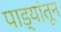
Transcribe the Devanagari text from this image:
पाड्यांतून